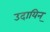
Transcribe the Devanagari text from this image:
उदायिन्